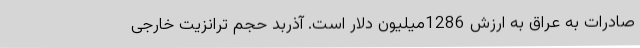
صادرات به عراق به ارزش 1286میلیون دلار است. آذربد حجم ترانزیت خارجی